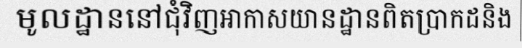
មូលដ្ឋាននៅជុំវិញអាកាសយានដ្ឋានពិតប្រាកដនិង